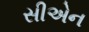
સીએન